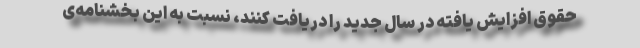
حقوق افزایش یافته در سال جدید را دریافت کنند، نسبت به این بخشنامه‌ی